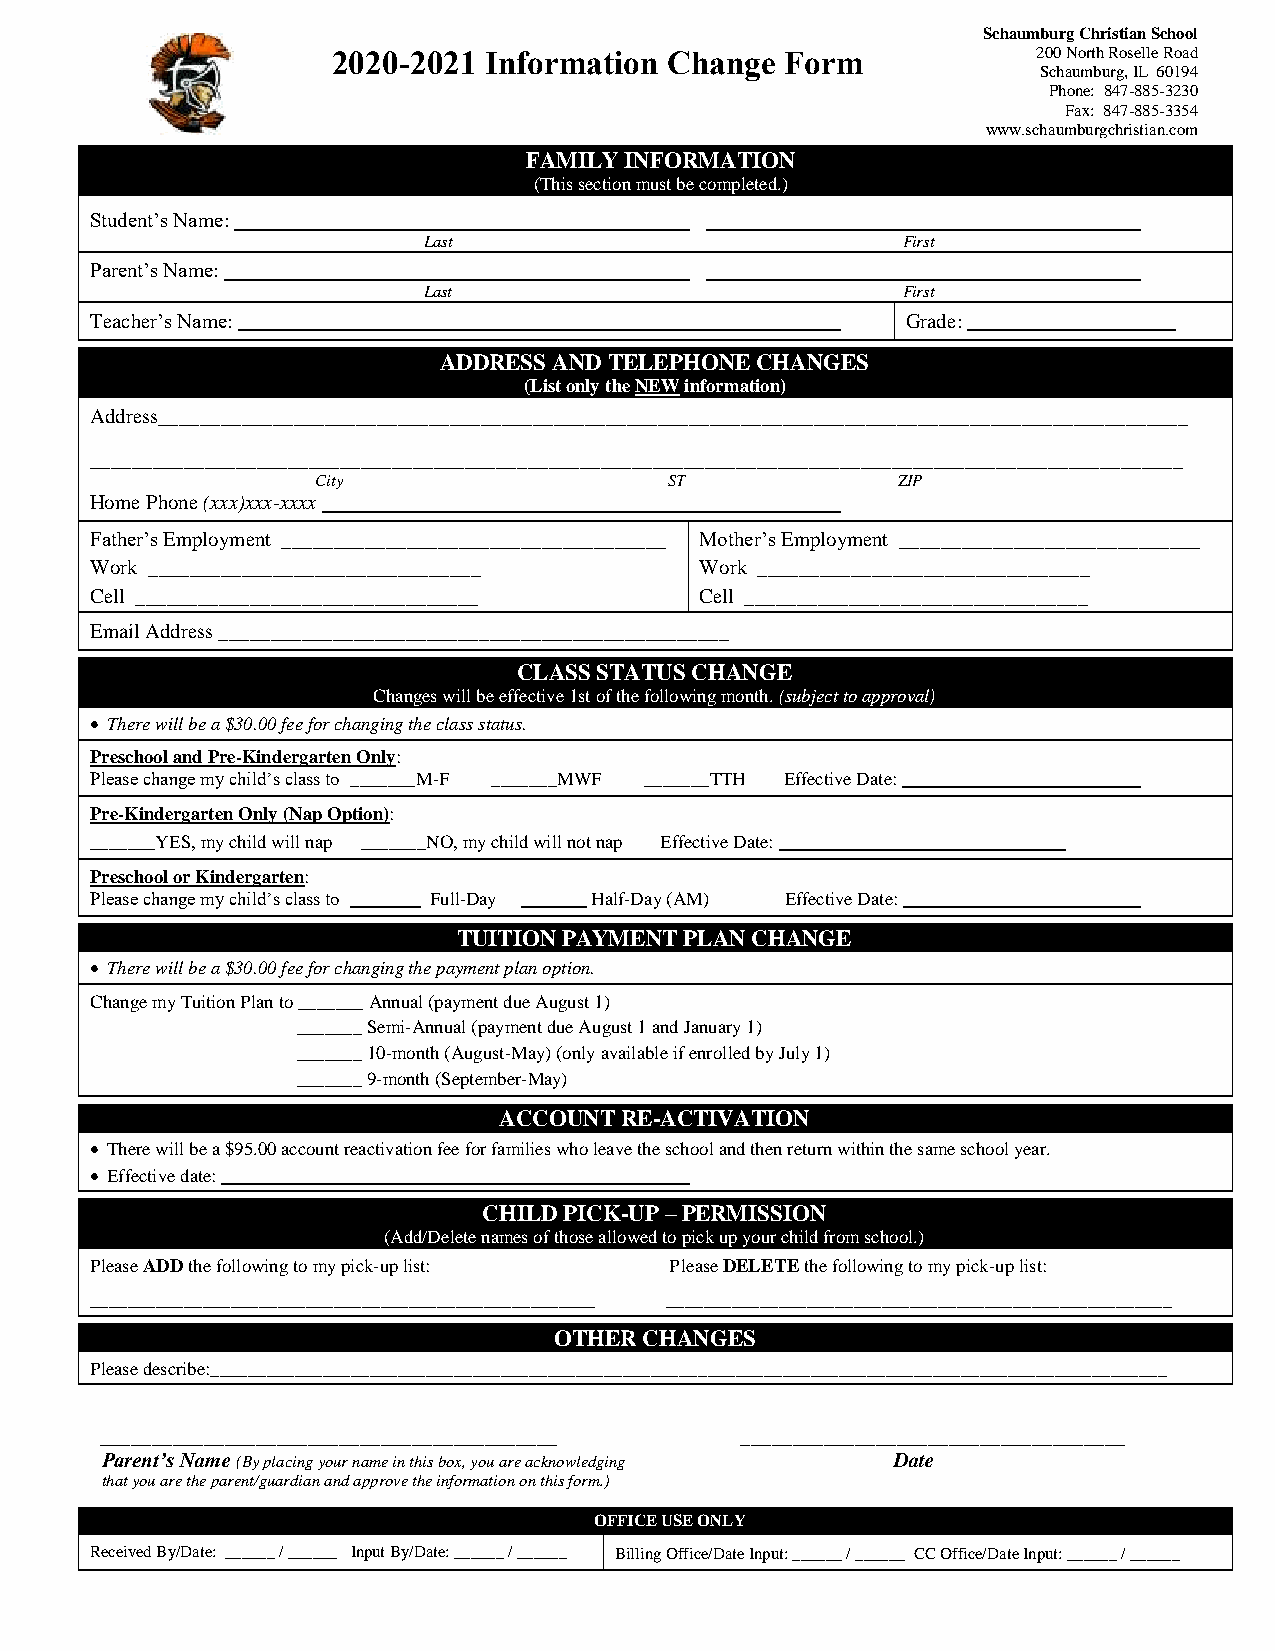
Schaumburg Christian School
 2020-2021 Information Change  Form             200 North Roselle Road
 Schaumburg, IL 60194
 Phone: 847-885-3230
 Fax: 847-885-3354
 www.schaumburgchristian.com
 FAMILY INFORMATION
 (This section must be completed.)
 Student’s Name:
 Last                            First
 Parent’s Name:
 Last                            First
 Teacher’s Name:                                       Grade:
 ADDRESS AND TELEPHONE CHANGES
 (List only the NEW information)
 Address___________________________________________________________________________________________________
 _________________________________________________________________________________________________________
 City                   ST             ZIP
 Home Phone (xxx)xxx-xxxx
 Father’s Employment _____________________________________ Mother’s Employment _____________________________
 Work ________________________________   Work ________________________________
 Cell _________________________________  Cell _________________________________
 Email Address _________________________________________________
 CLASS STATUS CHANGE
 Changes will be effective 1st of the following month. (subject to approval)
  There will be a $30.00 fee for changing the class status.
 Preschool and Pre-Kindergarten Only:
 Please change my child’s class to _______M-F _______MWF _______TTH Effective Date:
 Pre-Kindergarten Only (Nap Option):
 _______YES, my child will nap _______NO, my child will not nap Effective Date:
 Preschool or Kindergarten:
 Please change my child’s class to Full-Day Half-Day (AM) Effective Date:
 TUITION PAYMENT PLAN CHANGE
  There will be a $30.00 fee for changing the payment plan option.
 Change my Tuition Plan to _______ Annual (payment due August 1)
 _______ Semi-Annual (payment due August 1 and January 1)
 _______ 10-month (August-May) (only available if enrolled by July 1)
 _______ 9-month (September-May)
 ACCOUNT RE-ACTIVATION
  There will be a $95.00 account reactivation fee for families who leave the school and then return within the same school year.
  Effective date:
 CHILD PICK-UP – PERMISSION
 (Add/Delete names of those allowed to pick up your child from school.)
 Please ADD the following to my pick-up list: Please DELETE the following to my pick-up list:
 ______________________________________________________ ______________________________________________________
 OTHER CHANGES
 Please describe:______________________________________________________________________________________________________
 ____________________________________________ _____________________________________
 Parent’s Name (By placing your name in this box, you are acknowledging Date
 that you are the parent/guardian and approve the information on this form.)
 OFFICE USE ONLY
 Received By/Date: ______ / ______ Input By/Date: ______ / ______ Billing Office/Date Input: ______ / ______ CC Office/Date Input: ______ / ______